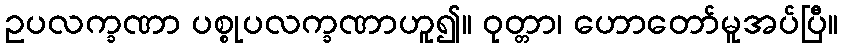
ဥပလက္ခဏာ ပစ္စုပလက္ခဏာဟူ၍။ ဝုတ္တာ၊ ဟောတော်မူအပ်ပြီ။